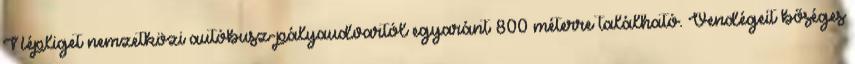
Népliget nemzetközi autóbusz-pályaudvartól egyaránt 800 méterre található. Vendégeit bőséges